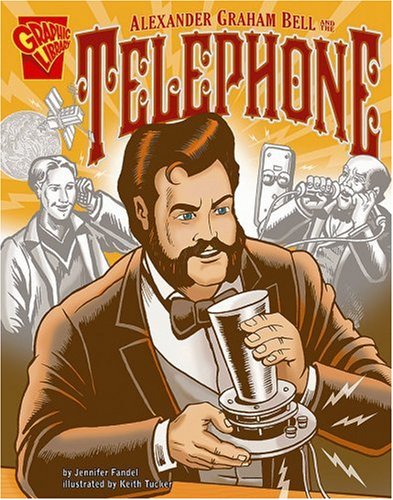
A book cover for Alexander Graham Bell and the Telephone (Inventions and Discovery); Jennifer Fandel; Children's Books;